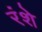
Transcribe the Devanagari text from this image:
रंशे